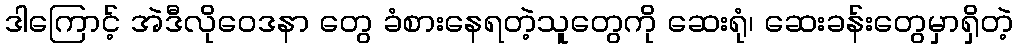
ဒါကြောင့် အဲဒီလိုဝေဒနာ တွေ ခံစားနေရတဲ့သူတွေကို ဆေးရုံ၊ ဆေးခန်းတွေမှာရှိတဲ့